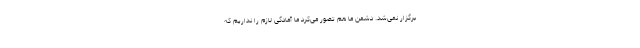
برگزار نمی‌شد. دشمن ما هم تصور می‌کرد ما آمادگی لازم را نداریم که